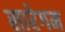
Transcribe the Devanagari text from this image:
सारेगम